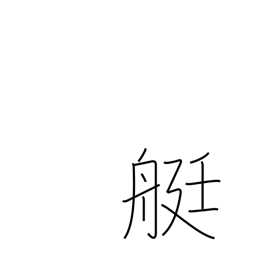
Meaning: rowboat